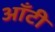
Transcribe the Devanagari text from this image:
आँटी